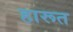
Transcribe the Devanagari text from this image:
हारूत